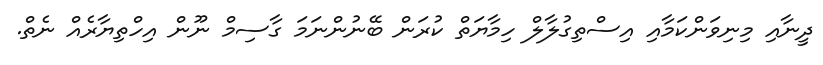
ދީނާއި މިނިވަންކަމާއި އިސްތިގުލާލް ހިމާޔަތް ކުރަން ބޭނުންނަމަ ގާސިމް ނޫން އިހްތިޔާރެއް ނެތް.